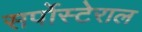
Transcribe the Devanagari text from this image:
सर्पोस्टेराल